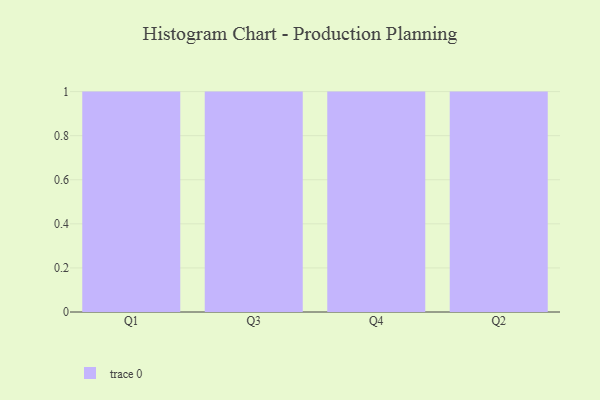
{"axis": {"x": "Quarter", "y": "Budget (USD K)"}, "legend": [""], "data": [{"x": "Q1", "y": 46, "type": ""}, {"x": "Q3", "y": 58, "type": ""}, {"x": "Q4", "y": 90, "type": ""}, {"x": "Q2", "y": 12, "type": ""}]}